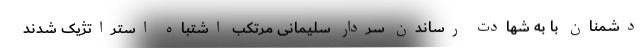
دشمنان با به شهادت رساندن سردار سلیمانی مرتکب اشتباه استراتژیک شدند